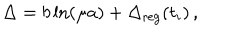
\Delta = b \ln ( \mu a ) + \Delta _ { \mathrm { r e g } } ( t _ { i } ) \, ,